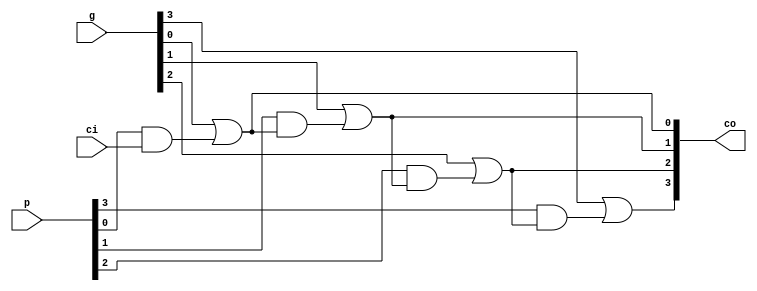
module clb (p, g, ci, co);
    input[3:0] p, g;

    input ci;
    output[3:0] co;
 
    assign co[0] = g[0] | p[0] & ci;
    assign co[1] = g[1] | p[1] & co[0];
    assign co[2] = g[2] | p[2] & co[1];
    assign co[3] = g[3] | p[3] & co[2];
    
    
endmodule